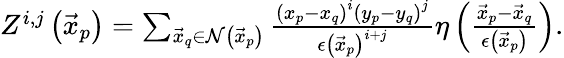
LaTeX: \begin{array}{r}{Z^{i,j}\left(\vec{x}_{p}\right)=\sum_{\vec{x}_{q}\in\mathcal{N}\left(\vec{x}_{p}\right)}\frac{\left(x_{p}-x_{q}\right)^{i}\left(y_{p}-y_{q}\right)^{j}}{\epsilon\left(\vec{x}_{p}\right)^{i+j}}\eta\left(\frac{\vec{x}_{p}-\vec{x}_{q}}{\epsilon\left(\vec{x}_{p}\right)}\right).}\end{array}